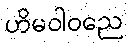
ဟိမဝါဝညေ